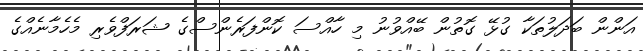
އަންން ބަދަލުތަކާ ގުޅޭ ގޮތުން ބޭއްވުނު މި ހާއްސަ ކޮންފަރެންސްގެ ޝަރަފްވެރި މެހެމާނެއްގެ